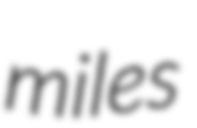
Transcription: miles